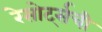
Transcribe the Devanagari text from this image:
रेसोर्ट्सची